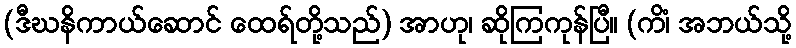
(ဒီဃနိကာယ်ဆောင် ထေရ်တို့သည်) အာဟု၊ ဆိုကြကုန်ပြီ။ (ကိံ၊ အဘယ်သို့